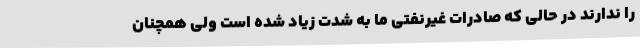
را ندارند در حالی که صادرات غیرنفتی ما به شدت زیاد شده است ولی همچنان